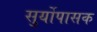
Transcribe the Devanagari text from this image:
सुर्योपासक